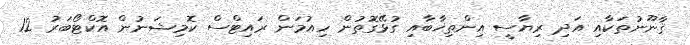
ޤާނޫނުތަކާއި އަދި ރިޔާސީ އިންތިޚާބާއި ގުޅޭގޮތުން ހިއުމަން ރައިޓްސް ކޮމިޝަނުން އޮކްޓޯބަރު 12